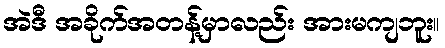
အဲဒီ အခိုက်အတန့်မှာလည်း အားမကျဘူး။